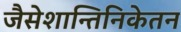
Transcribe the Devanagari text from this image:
जैसेशान्तिनिकेतन